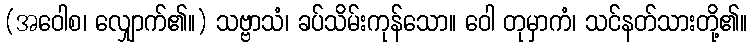
(အဝေါစ၊ လျှောက်၏။) သဗ္ဗာသံ၊ ခပ်သိမ်းကုန်သော။ ဝေါ တုမှာကံ၊ သင်နတ်သားတို့၏။